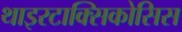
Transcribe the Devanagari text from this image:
थाइरटाक्सिकोसिस